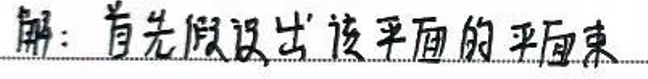
解：首先假设出该平面的平面束